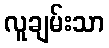
လူချမ်းသာ